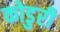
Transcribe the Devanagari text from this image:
कोडुरी